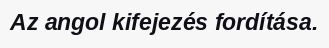
Az angol kifejezés fordítása.